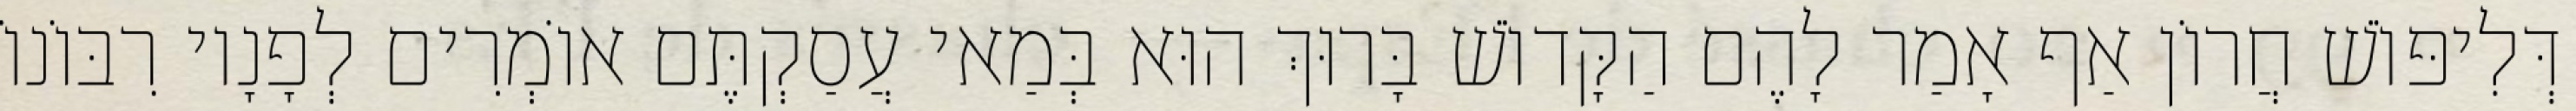
דְּלִיפּוֹשׁ חֲרוֹן אַף אָמַר לָהֶם הַקָּדוֹשׁ בָּרוּךְ הוּא בְּמַאי עֲסַקְתֶּם אוֹמְרִים לְפָנָיו רִבּוֹנוֹ